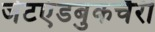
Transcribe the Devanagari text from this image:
जेटएंडबुकचैरी